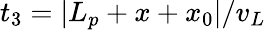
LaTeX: t_{3}=|L_{p}+x+x_{0}|/v_{L}